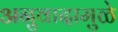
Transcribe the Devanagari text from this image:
अनुवादामुळे